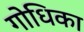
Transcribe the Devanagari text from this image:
गोधिका